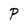
Character: P